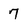
Character: 7